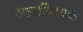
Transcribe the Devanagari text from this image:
स्फुर्तीदायक